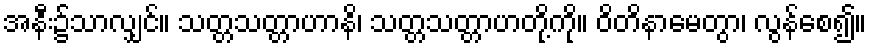
အနီး၌သာလျှင်။ သတ္တသတ္တာဟာနိ၊ သတ္တသတ္တာဟတို့ကို။ ဝိတိနာမေတွာ၊ လွန်စေ၍။